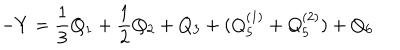
- Y = \frac { 1 } { 3 } Q _ { 1 } + \frac { 1 } { 2 } Q _ { 2 } + Q _ { 3 } + ( Q _ { 5 } ^ { ( 1 ) } + Q _ { 5 } ^ { ( 2 ) } ) + Q _ { 6 }